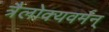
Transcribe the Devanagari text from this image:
त्रैलोक्यवर्मन्‌